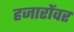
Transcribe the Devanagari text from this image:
हजारोंवर